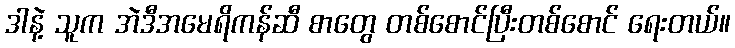
ဒါနဲ့ သူက အဲဒီအမေရိကန်ဆီ စာတွေ တစ်စောင်ပြီးတစ်စောင် ရေးတယ်။